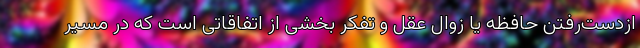
ازدست‌رفتن حافظه یا زوال عقل و تفکر بخشی از اتفاقاتی است که در مسیر